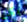
يمكن